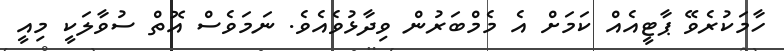
ހާމަކުރެވޭ ޕާޓީއެއް ކަމަށް އެ މެމްބަރުން ވިދާޅުވެއެވެ. ނަމަވެސް އޮތް ސުވާލަކީ މިއީ